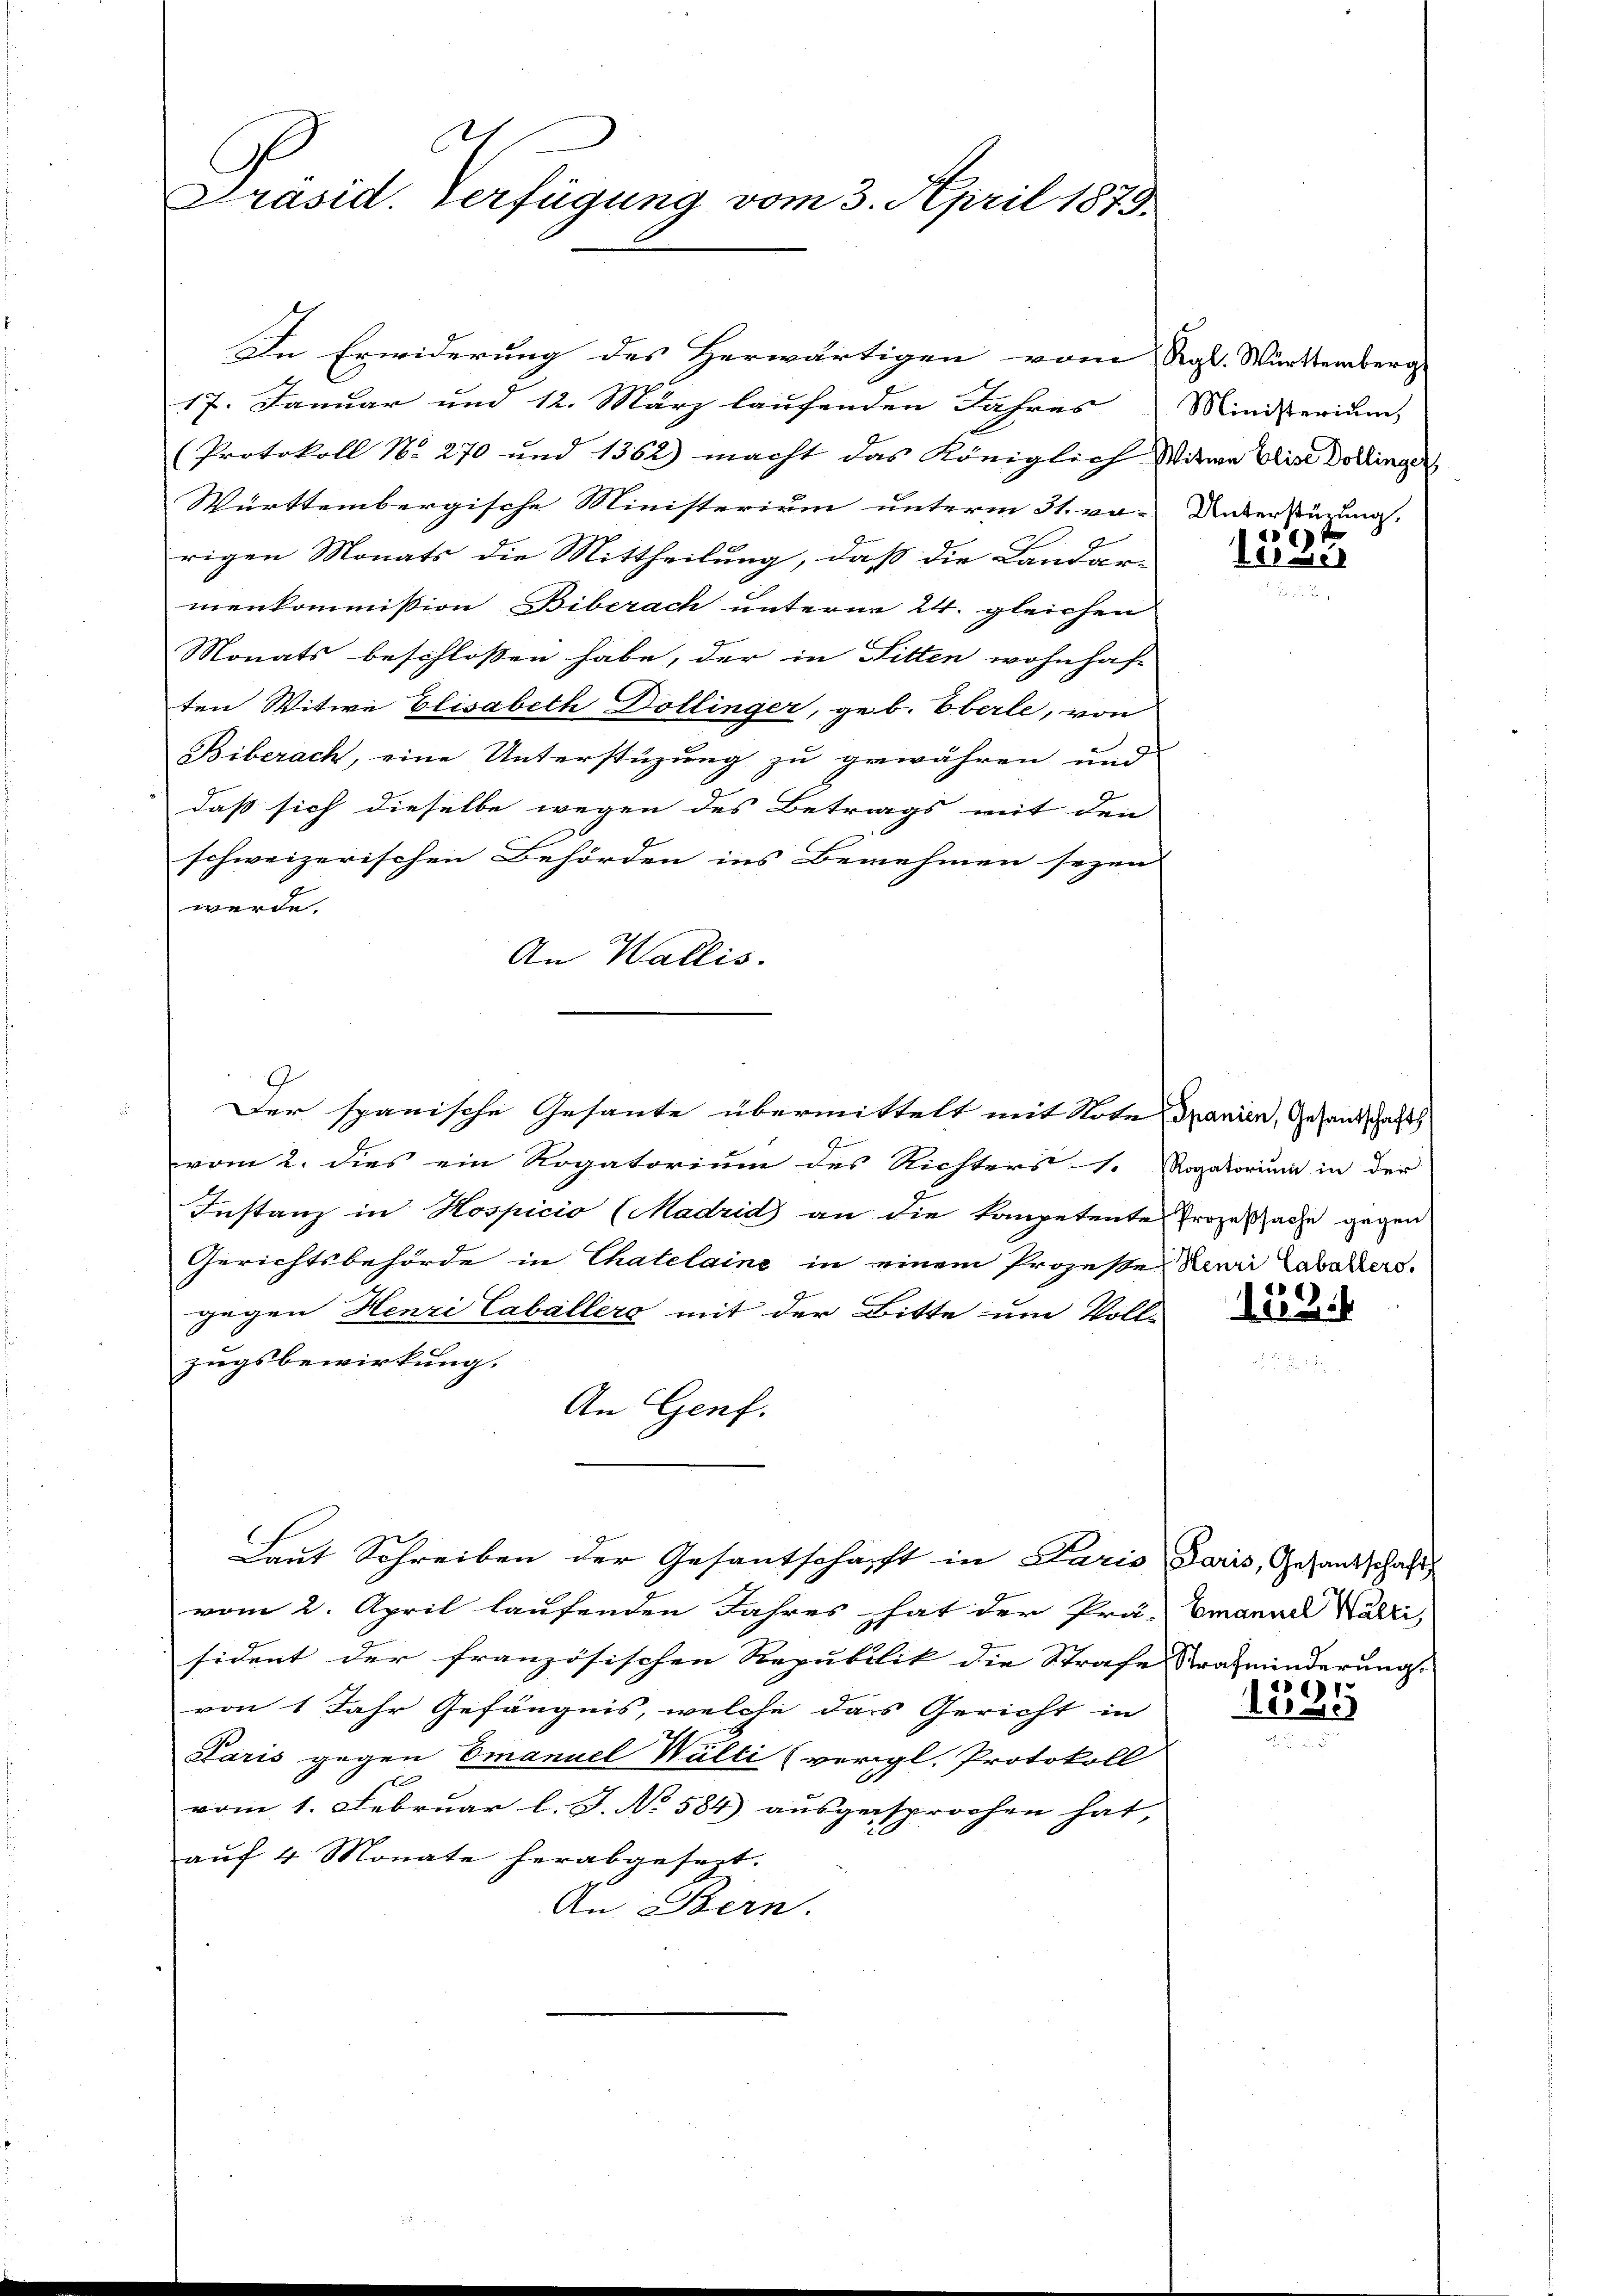
.
Präsid. Verfügung vom 3. April 1879.

17. Januar und 12. März laufenden Jahres
(Protokoll No 270 und 1362) macht das Königlich Witwe Elis Dollinger
Württembergische Ministerium unterm 31. vo-
rigen Monats die Mittheilung, daß die Landar-
menkommission Biberach unterm 24. gleichen
Monats beschlossen habe, der in Bitten wohnhaf-
ten Witwe Elisabeth Dollinger, geb. Eberle, von
Biberach, eine Unterstüzung zu gewähren und
daß sich dieselbe wegen des Betrags mit den
schweizerischen Behörden ins Benehmen seyen
werde
An Wallis.
Der spanische Gesante übermittelt mit Note
vom 2. dies ein Rogatorium des Richters 1.
Instanz in Hospicio (Madrid an die kompetente
Gerichtsbehörde in Thatelaine in einem Prozesse Reni Labakers.
gegen Henri Caballers mit der Bitte um Voll-
zugsbewirkung.
An Genf.
Laut Schreiben der Gesantschärft in Paris Paris, Gesandschaft
vom 2. April laufenden Jahres hat der Prä- Emanude Narri,
sident der französischen Republik die Strafe Stras minderungs
von 1 Jahr Gefängnis, welche das Gericht in
Paris gegen Emanuel Wälti (vergl. Protokoll
t
vom 1. Februar l. J. No. 584) ausgesprochen hat,
auf 4 Monate herabgeseit.
An Bern.

In Erwiderung des Herwärtigen vom Regl. Württemberg

Ministerium,
Unterstürung.

1597

Spanien, Gesantschaft
Rogatorium in der
Prozeßsache gegen

183

.
184